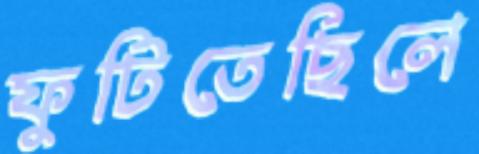
ফুটিতেছিলে